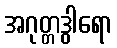
အဂုတ္တဒွါရော